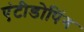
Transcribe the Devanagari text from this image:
एंटीडोपिंग